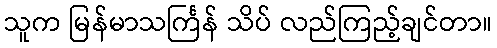
သူက မြန်မာသင်္ကြန် သိပ် လည်ကြည့်ချင်တာ။